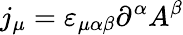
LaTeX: j_{\mu}=\varepsilon_{\mu\alpha\beta}\partial^{\alpha}A^{\beta}